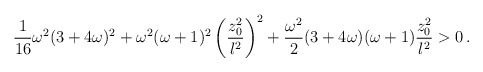
\begin{align*}{1\over {16}} \omega^2 (3+4\omega)^2 + \omega^2 (\omega+1)^2\left({{z_0 ^2}\over l^2} \right)^2 + {\omega^2 \over 2} (3+4\omega)(\omega+1) {{z_0 ^2}\over l^2} >0 \, .\end{align*}